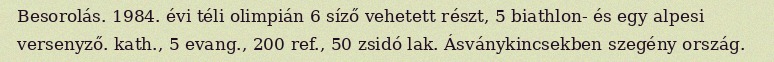
Besorolás. 1984. évi téli olimpián 6 síző vehetett részt, 5 biathlon- és egy alpesi versenyző. kath., 5 evang., 200 ref., 50 zsidó lak. Ásványkincsekben szegény ország.